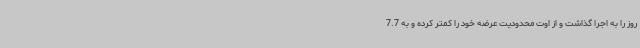
روز را به اجرا گذاشت و از اوت محدودیت عرضه خود را کمتر کرده و به 7.7